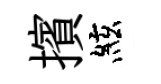
擯絃